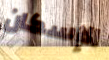
الإسكان